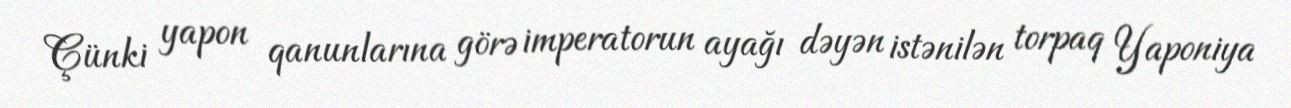
Çünki yapon qanunlarına görə imperatorun ayağı dəyən istənilən torpaq Yaponiya